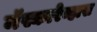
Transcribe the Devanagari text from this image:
मॅस्कारेन्हास